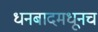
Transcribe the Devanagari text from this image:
धनबादमधूनच